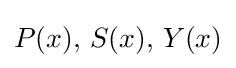
P(x),\,S(x),\,Y(x)